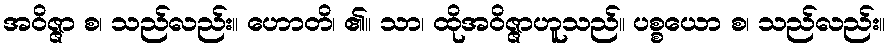
အဝိဇ္ဇာ စ၊ သည်လည်း။ ဟောတိ၊ ၏။ သာ၊ ထိုအဝိဇ္ဇာဟူသည်။ ပစ္စယော စ၊ သည်လည်း။